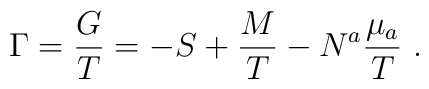
\Gamma = { G \over T} = -S + {M \over T} -N^a { \mu _a \over T}\ .